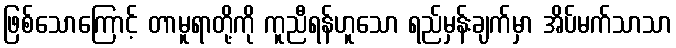
ဖြစ်သောကြောင့် တာမူရာတို့ကို ကူညီရန်ဟူသော ရည်မှန်းချက်မှာ အိပ်မက်သာသာ